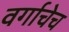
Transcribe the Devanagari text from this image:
वर्गाचेच